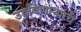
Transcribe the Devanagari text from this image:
उडविणाऱ्याचे